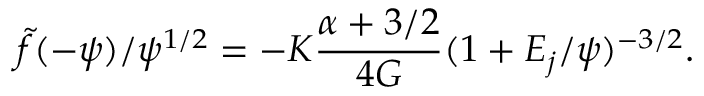
\tilde { f } ( - \psi ) / \psi ^ { 1 / 2 } = - K { \frac { \alpha + 3 / 2 } { 4 G } } ( 1 + { \cal E } _ { j } / \psi ) ^ { - 3 / 2 } .